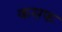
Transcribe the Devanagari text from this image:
कसफ